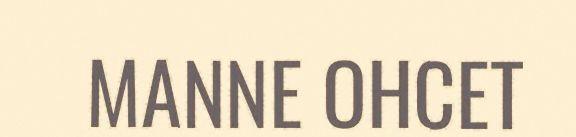
MANNE OHCET